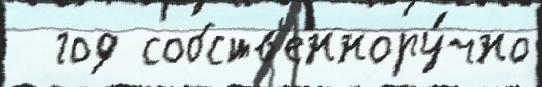
  год собств'еннору́чно